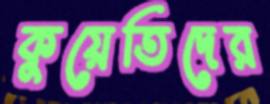
কুয়েতিদের